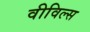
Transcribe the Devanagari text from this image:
वीविल्स